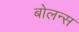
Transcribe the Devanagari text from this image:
बोलन्स